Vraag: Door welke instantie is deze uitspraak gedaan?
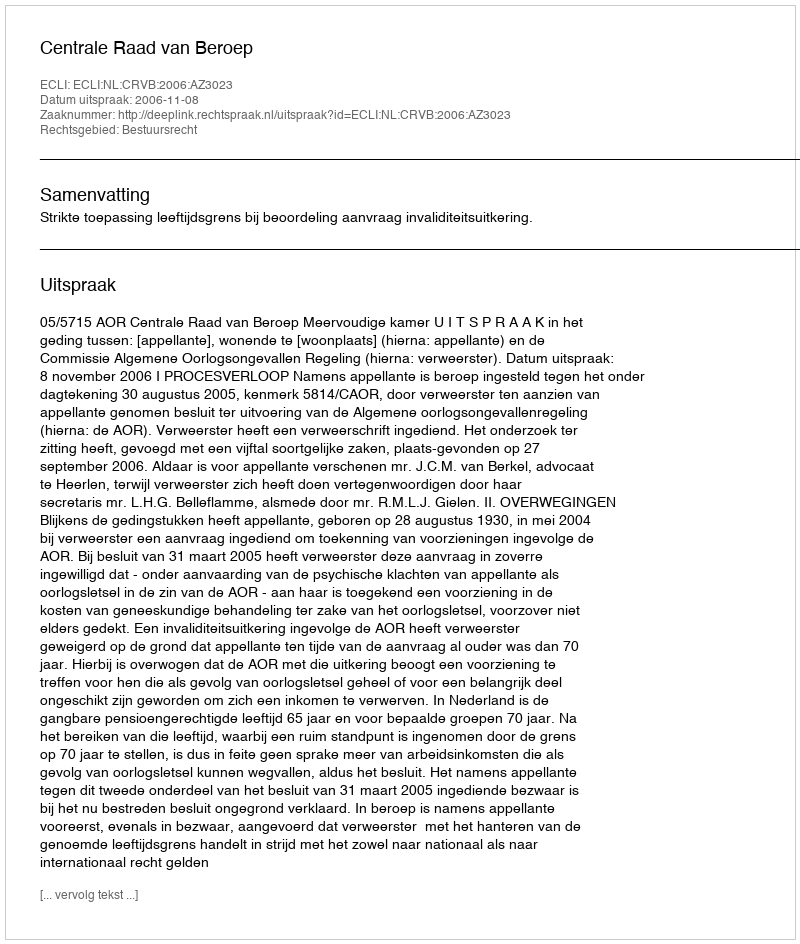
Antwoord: Centrale Raad van Beroep